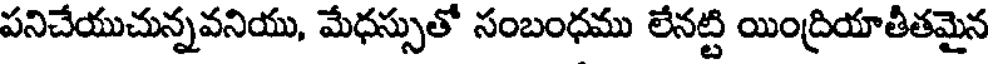
పనిచేయుచున్నవనియు, మేధస్సుతో సంబంధము లేనట్టి యింద్రియాతీతమైన